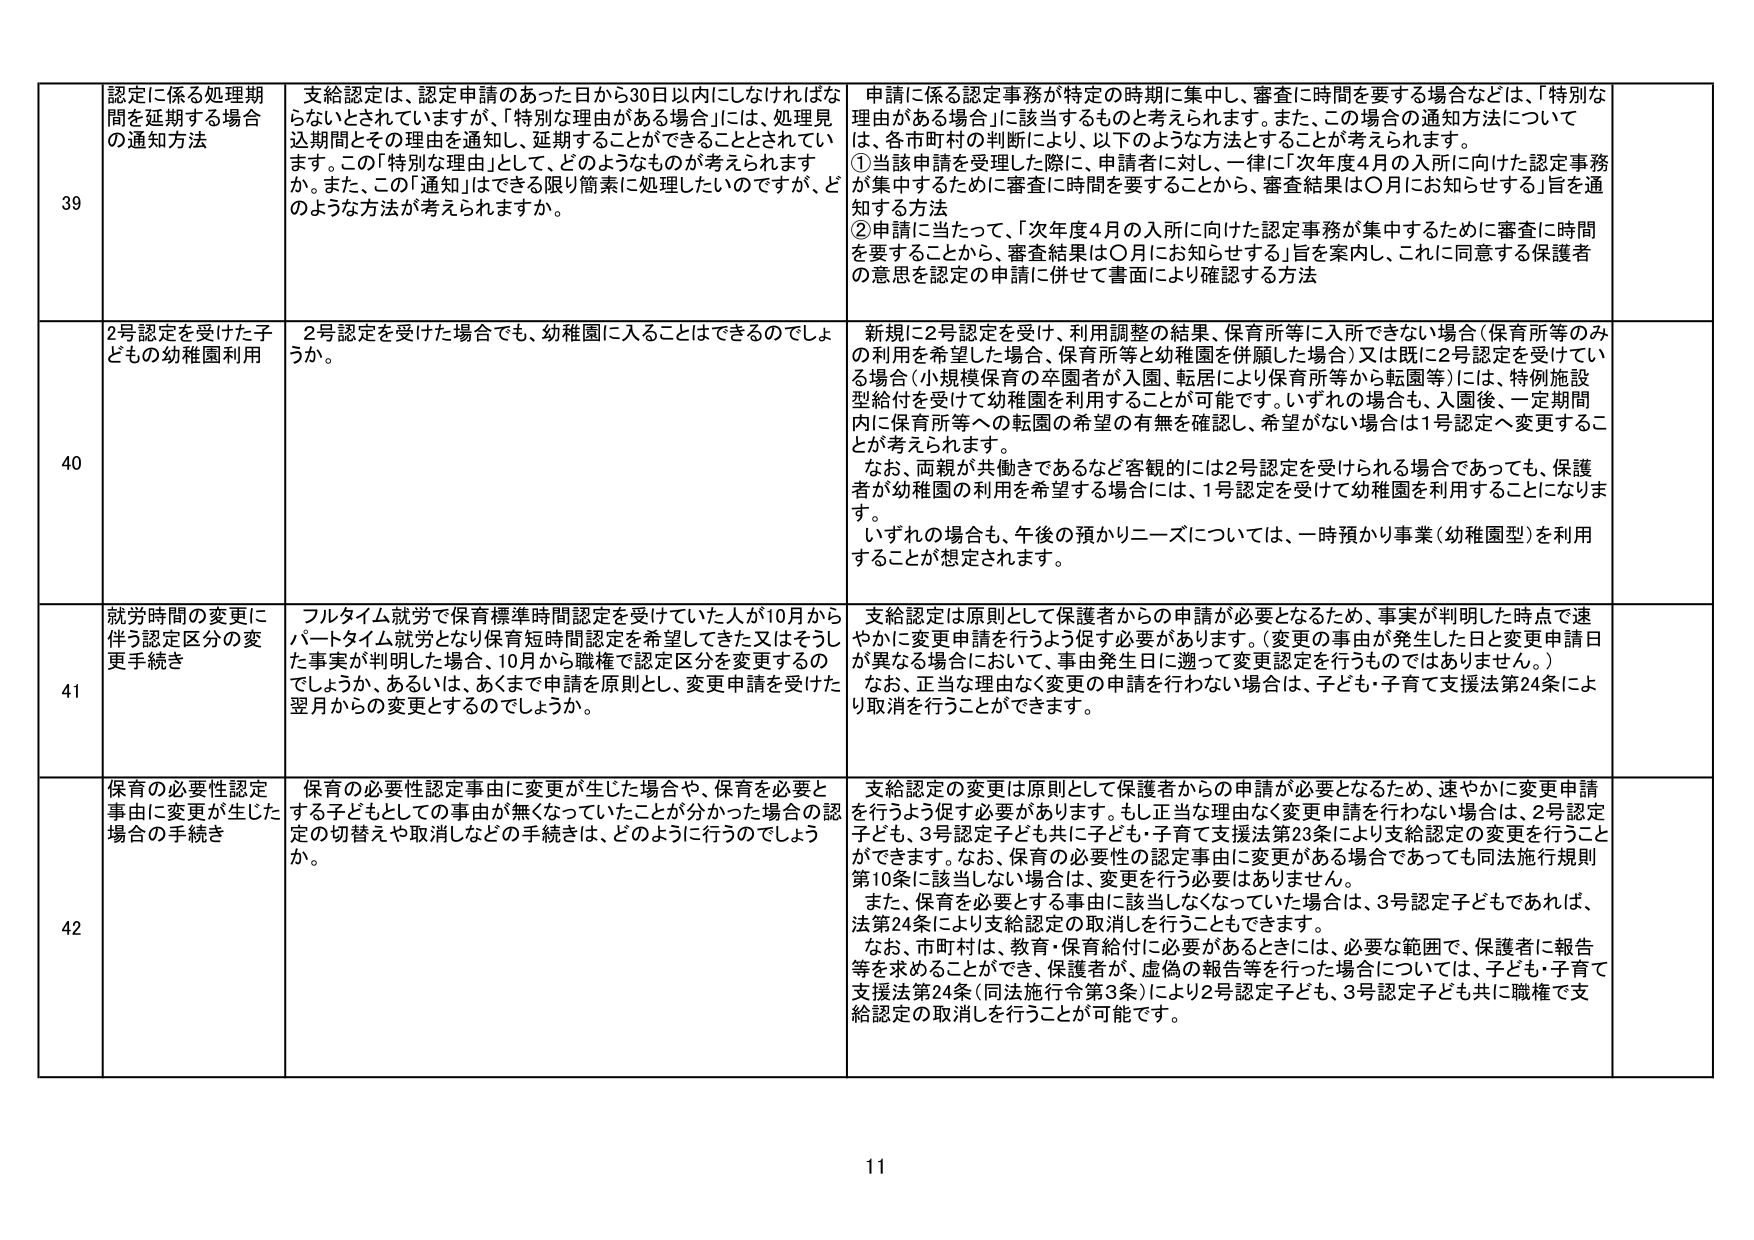
39 認定に係る処理期間を延期する場合の通知方法 支給認定は、認定申請のあった日から30日以内にしなければならないとされていますが、「特別な理由がある場合」には、処理見込期間とその理由を通知し、延期することができることとされています。この「特別な理由」として、どのようなものが考えられますか。また、この「通知」はできる限り簡素に処理したいのですが、どのような方法が考えられますか。 申請に係る認定事務が特定の時期に集中し、審査に時間を要する場合などは、「特別な理由がある場合」に該当するものと考えられます。また、この場合の通知方法については、各市町村の判断により、以下のような方法とすることが考えられます。 ①当該申請を受理した際に、申請者に対し、一律に「次年度4月の入所に向けた認定事務が集中するために審査に時間を要することから、審査結果は〇月にお知らせする」旨を通知する方法 ②申請に当たって、「次年度4月の入所に向けた認定事務が集中するために審査に時間を要することから、審査結果は〇月にお知らせする」旨を案内し、これに同意する保護者の意思を認定の申請に併せて書面により確認する方法

40 2号認定を受けた子どもの幼稚園利用 2号認定を受けた場合でも、幼稚園に入ることはできるのでしょうか。 新規に2号認定を受け、利用調整の結果、保育所等に入所できない場合（保育所等のみの利用を希望した場合、保育所等と幼稚園を併願した場合）又は既に2号認定を受けている場合（小規模保育の卒園者が入園、転居により保育所等から転園等）には、特別施設型給付を受けて幼稚園を利用することができる。いずれの場合も、入園後、一定期間内に保育所等への転園の希望の有無を確認し、希望がない場合は1号認定へ変更することが考えられます。 なお、両親が共働きであるなど客観的には2号認定を受けられる場合であっても、保護者が幼稚園の利用を希望する場合には、1号認定を受けて幼稚園を利用することになります。 いずれの場合も、午後の預かりニーズについては、一時預かり事業（幼稚園型）を利用することが想定されます。

41 就労時間の変更に伴う認定区分の変更手続き フルタイム就労で保育標準時間認定を受けていた人が10月からパートタイム就労となり保育短時間認定を希望してきた又はそうした事実が判明した場合、10月から職権で認定区分を変更するのでしょうか、あるいは、あくまで申請を原則とし、変更申請を受けた翌月からの変更とするのでしょうか。 支給認定は原則として保護者からの申請が必要となるため、事実が判明した時点で速やかに変更申請を行うよう促す必要があります。（変更の事由が発生した日と変更申請日が異なる場合において、事由発生日に遡って変更認定を行うものではありません。） なお、正当な理由なく変更の申請を行わない場合は、子ども・子育て支援法第24条により取消を行うことができます。

42 保育の必要性認定事由に変更が生じた場合の手続き 保育の必要性認定事由に変更が生じた場合や、保育を必要とする子どもとしての事由が無くなっていたことが分かった場合の認定の切替えや取消しなどの手続きは、どのように行うのでしょうか。 支給認定の変更は原則として保護者からの申請が必要となるため、速やかに変更申請を行うよう促す必要があります。もし正当な理由なく変更申請を行わない場合は、2号認定子ども、3号認定子どもも共に子ども・子育て支援法第23条により支給認定の変更を行うことができます。なお、保育の必要性の認定事由に変更がある場合であっても同法施行規則第10条に該当しない場合は、変更を行う必要はありません。 また、保育を必要とする事由に該当しなくなっていた場合は、3号認定子どもであれば、法第24条により支給認定の取消しを行うこともできます。 なお、市町村は、教育・保育給付に必要があるときには、必要な範囲で、保護者に報告等を求めることができ、保護者が、虚偽の報告等を行った場合については、子ども・子育て支援法第24条（同法施行令第3条）により2号認定子ども、3号認定子どもも共に職権で支給認定の取消しを行うことが可能です。

11